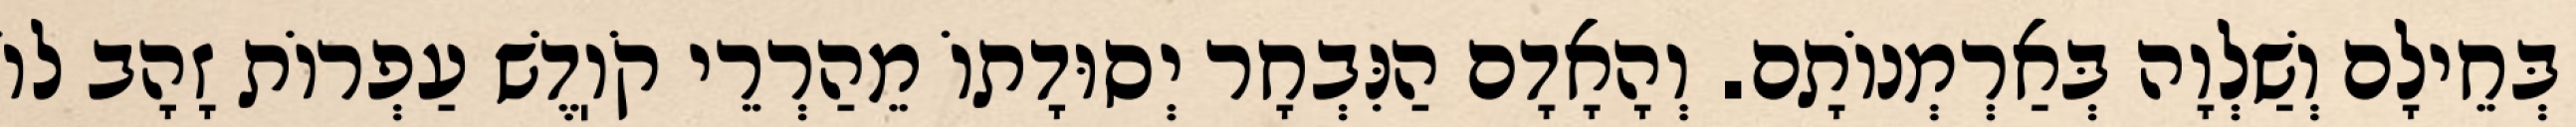
בְּחֵילָם וְשַׁלְוָה בְּאַרְמְנוֹתָם. וְהָאָדָם הַנִּבְחָר יְסוּדָתוֹ מֵהַרְרֵי קֹוֽדֶשׁ עַפְרוֹת זָהָב לוֹ